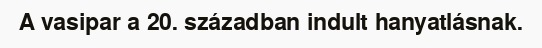
A vasipar a 20. században indult hanyatlásnak.